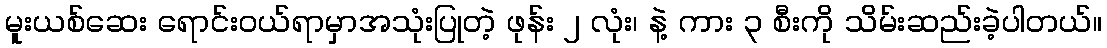
မူးယစ်ဆေး ရောင်းဝယ်ရာမှာအသုံးပြုတဲ့ ဖုန်း ၂ လုံး၊ နဲ့ ကား ၃ စီးကို သိမ်းဆည်းခဲ့ပါတယ်။